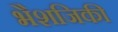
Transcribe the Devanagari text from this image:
भैशजिकी